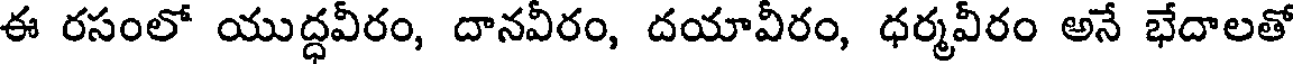
ఈ రసంలో యుద్ధవీరం, దానవీరం, దయావీరం, ధర్మవీరం అనే భేదాలతో